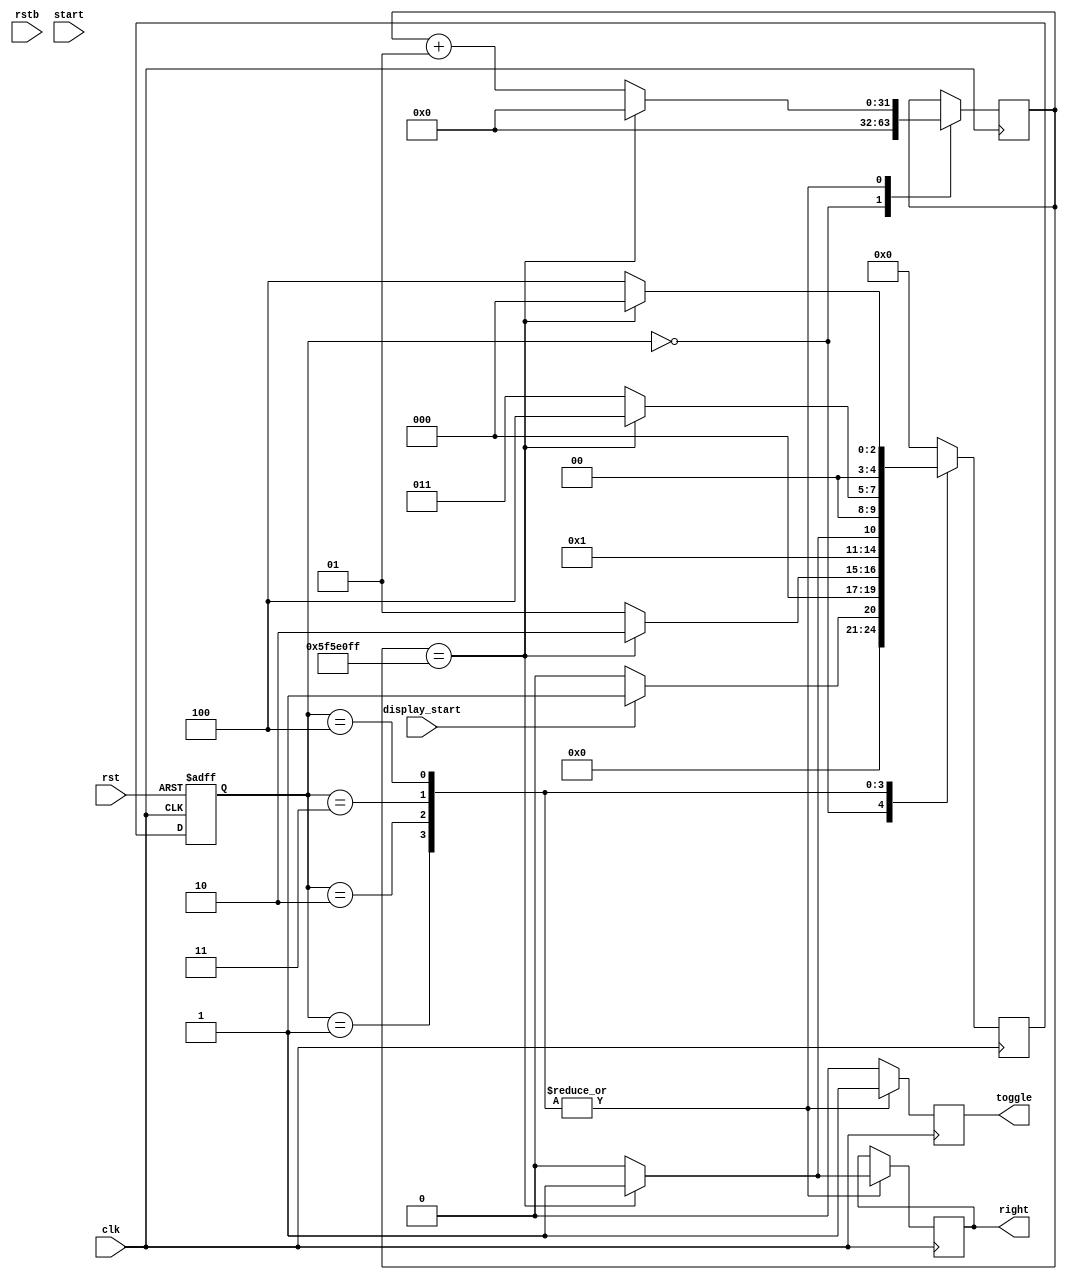
module display_controller (clk, rst, rstb, start, display_start, toggle, right);
                        
    input clk, rst, rstb;
	input start;
    input display_start;
    output reg toggle;
    output reg right;

	reg [4:0] state, next_state;
	
	integer count;
	



	parameter S0 = 0, S1 = 1 , S2 = 2, S3 = 3, S4 = 4, S5 = 5, S6 = 6, S7 = 7, S8 = 8, S9 = 9, S10 = 10, S11 = 11, S12 = 12, S13 = 13, S14 = 14, S15 = 15, S16 = 16, S17 = 17, S18 = 18, S19 = 19, S20 = 20, S21 = 21, S22 = 22, S23 = 23, S24 = 24, S25 = 25, S26 = 26, S27 = 27, S28 = 28, S29 = 29, S30 = 30 ; // Add more

	initial
	begin
	  state <= S0;
	  count <= 0;
	  end
    

	always @ (posedge clk or posedge rst) 
	begin
		if (rst)
			state <= S0;
        else begin
			state = next_state;
		end
    end
    
    always @ (posedge clk)
    begin
            case (state)
                S0:	    begin toggle = 1'b0; end 

                S1:	    begin toggle = 1'b1; end
                S2:     begin toggle = 1'b1; end
                S3:	    begin toggle = 1'b1; end
                S4:	    begin toggle = 1'b1; end

           
                default:	    begin toggle = 1'b0; end
              
           
            endcase
    end



	always @ (posedge clk)
	begin
        case (state)
            S0: begin 
                if (display_start == 1'b1)begin
                    next_state = S1; count <= 0;end// Ready state
                else begin
                    next_state = S0; count <= 0;end
            end

            S1:begin if(count == 99999999) 
               begin next_state <= S2; count <= 0; right = 1'b1;end
               else begin next_state <= S1; count <= count + 1; right = 1'b0; end end
            S2:begin if(count == 99999999) 
               begin next_state <= S3; count <= 0; right = 1'b1; end
               else begin next_state <= S2; count <= count + 1; right = 1'b0; end end
            S3:begin if(count == 99999999) 
               begin next_state <= S4; count <= 0; right = 1'b1; end
               else begin next_state <= S3; count <= count + 1; right = 1'b0; end end
            S4:begin if(count == 99999999) 
               begin next_state <= S0; count <= 0;right = 1'b1; end
               else begin next_state <= S4; count <= count + 1; right = 1'b0; end end
           
            default: next_state <= S0;
        endcase
        end



endmodule